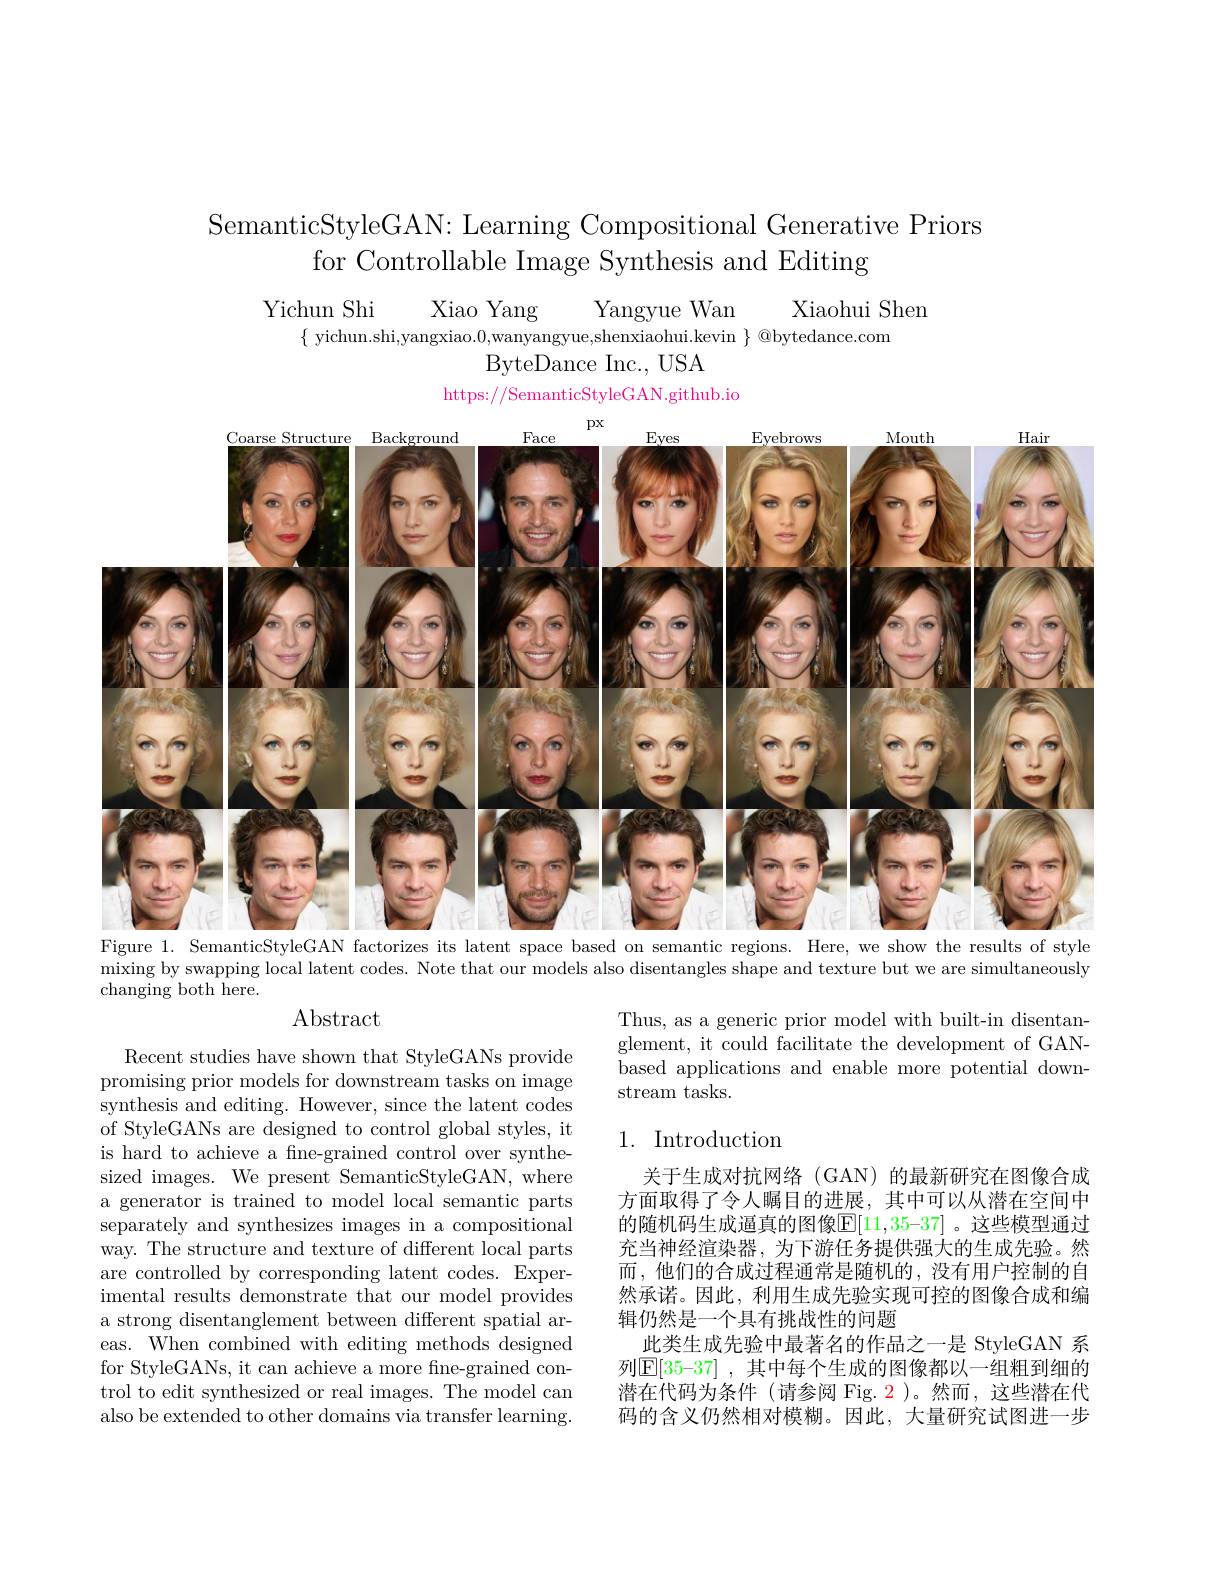
SemanticStyleGAN: Learning Compositional Generative Priors
for Controllable Image Synthesis and Editing

$\begin{array}{c}{\mathrm{Yichun~Shi~Xiao~Yang~Yang~Yangyue~Wan~Xiaohui~Shen}}\\{\{\mathrm{~yichun.shi,yangxiao.0,wanyangyue,shenxiaohui.kevin~\}~@bytedance.com}}\end{array}$
ByteDance Inc. , USA
https://SemanticStyleGAN.github.io

<FigureHere>
Figure 1. SemanticStyleGAN factorizes its latent space based on semantic regions. Here, we show the results of style

mixing by swapping local latent codes. Note that our models also disentangles shape and texture but we are simultaneously

changing both here.

Abstract

Thus, as a generic prior model with built-in disentanglement, it could facilitate the development of GANbased applications and enable more potential downstream tasks.

## 1. Introduction

Recent studies have shown that StyleGANs provide promising prior models for downstream tasks on image synthesis and editing. However, since the latent codes of StyleGANs are designed to control global styles, it is hard to achieve a fne-grained control over synthesized images. We present SemanticStyleGAN, where a generator is trained to model local semantic parts separately and synthesizes images in a compositional way. The structure and texture of different local parts are controlled by corresponding latent codes. Experimental results demonstrate that our model provides a strong disentanglement between different spatial areas. When combined with editing methods designed for StyleGANs, it can achieve a more fne-grained control to edit synthesized or real images. The model can also be extended to other domains via transfer learning.

关于生成对抗网络(GAN)的最新研究在图像合成方面取得了令人瞩目的进展，其中可以从潜在空间中的随机码生成逼真的图像$\overline{\mathbb{E}}[11,35–37]$ 。这些模型通过充当神经渲染器，为下游任务提供强大的生成先验。然而，他们的合成过程通常是随机的，没有用户控制的自然承诺。因此，利用生成先验实现可控的图像合成和编辑仍然是一个具有挑战性的问题
此类生成先验中最著名的作品之一是 StyleGAN 系列$\mathbb{E}[35-37]$ ,其中每个生成的图像都以一组粗到细的潜在代码为条件 (请参阅 Fig. 2)。然而，这些潜在代码的含义仍然相对模糊。因此，大量研究试图进一步